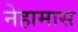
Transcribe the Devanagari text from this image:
नेहामास